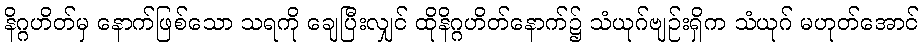
နိဂ္ဂဟိတ်မှ နောက်ဖြစ်သော သရကို ချေပြီးလျှင် ထိုနိဂ္ဂဟိတ်နောက်၌ သံယုဂ်ဗျဉ်းရှိက သံယုဂ် မဟုတ်အောင်